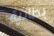
بطانية